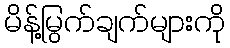
မိန့်မြွက်ချက်များကို